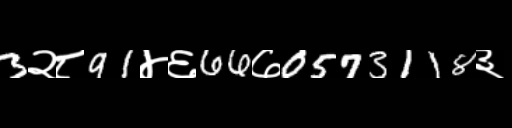
Text: 3२८91४६66७0573118३